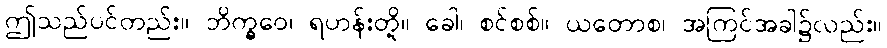
ဤသည်ပင်တည်း။ ဘိက္ခဝေ၊ ရဟန်းတို့။ ခေါ၊ စင်စစ်။ ယတောစ၊ အကြင်အခါ၌လည်း။